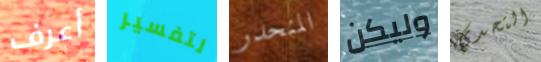
أعرف لتفسير المنحدر وليكن التحدي